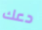
دعك